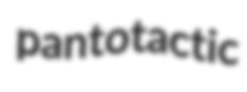
pantotactic